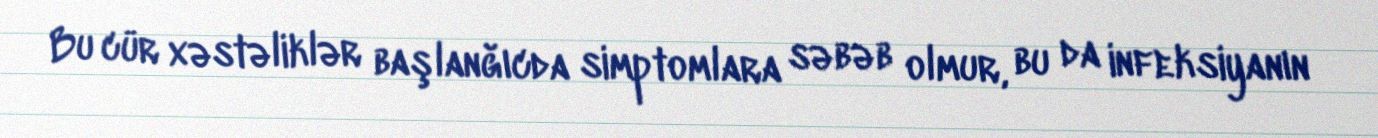
Bu cür xəstəliklər başlanğıcda simptomlara səbəb olmur, bu da infeksiyanın